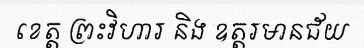
ខេត្ត ព្រះវិហារ និង ឧត្តរមានជ័យ